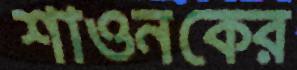
শাওনকের